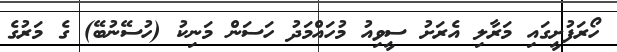
ހޯރަފުށީގައި މަރާލި އެރަށު ސީވިއު މުހައްމަދު ހަސަން މަނިކު (ހުސޭނުބޭ) ގެ މަރުގެ